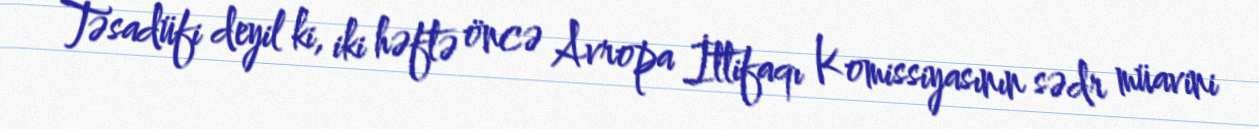
Təsadüfi deyil ki, iki həftə öncə Avropa İttifaqı Komissiyasının sədr müavini